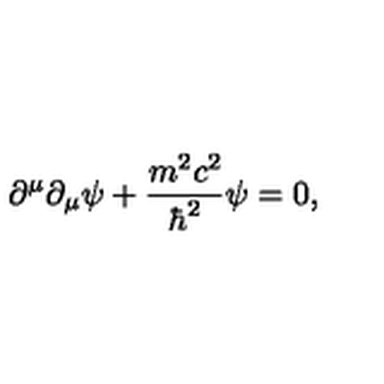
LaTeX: \partial ^ { \mu } \partial _ { \mu } \psi + { \frac { m ^ { 2 } c ^ { 2 } } { \hbar ^ { 2 } } } \psi = 0 ,